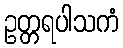
ဥတ္တရပါသကံ